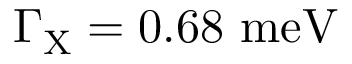
\Gamma _ { \mathrm { { X } } } = 0 . 6 8 ~ \mathrm { { m e V } }